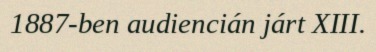
1887-ben audiencián járt XIII.